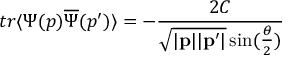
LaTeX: t r \langle \Psi ( p ) \overline { { { \Psi } } } ( p ^ { \prime } ) \rangle = - \frac { 2 C } { \sqrt { | { \bf p } | | { \bf p } ^ { \prime } | } \sin ( \frac { \theta } { 2 } ) }